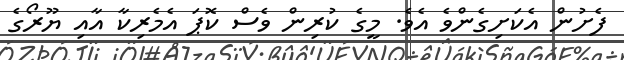
ފެށުން އެކަށިގެންވެ އެވެ. މީގެ ކުރިން ވެސް ކޮޕަ އެމެރިކާ އާއި ޔޫރޯގެ